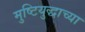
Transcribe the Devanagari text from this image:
मुष्टियुद्धाच्या